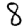
Digit: 8